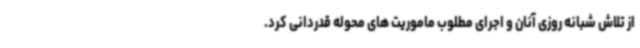
از تلاش شبانه روزی آنان و اجرای مطلوب ماموریت های محوله قدردانی کرد.